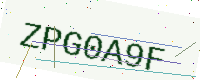
Text: ZPG0A9F